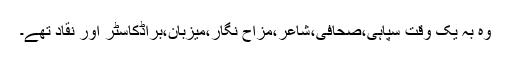
وہ بہ یک وقت سپاہی،صحافی،شاعر،مزاح نگار،میزبان،براڈکاسٹر اور نقاد تھے۔